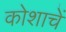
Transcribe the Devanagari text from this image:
कोशाचें